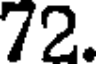
72.